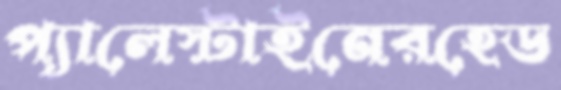
প্যালেস্টাইনেরহেড